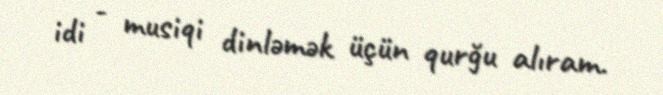
idi - musiqi dinləmək üçün qurğu alıram.